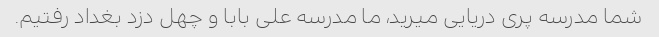
شما مدرسه پری دریایی میرید، ما مدرسه علی بابا و چهل دزد بغداد رفتیم.